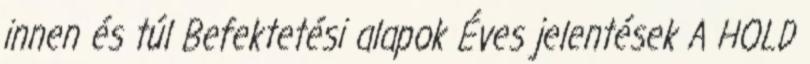
innen és túl Befektetési alapok Éves jelentések A HOLD